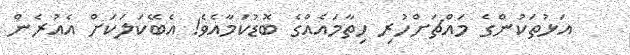
އަޅުތަކުންގެ މައްޗަށްހުރި ހިތާމައެއްގެ ބޮޑުކަމާއެވެ! އެބޭކަލަކަށް އެއުރެން